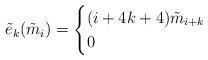
LaTeX: \begin{align*}\tilde e_k(\tilde m_i)=\begin{cases} (i+4k+4)\tilde m_{i+k}&\\ 0& \end{cases}\end{align*}